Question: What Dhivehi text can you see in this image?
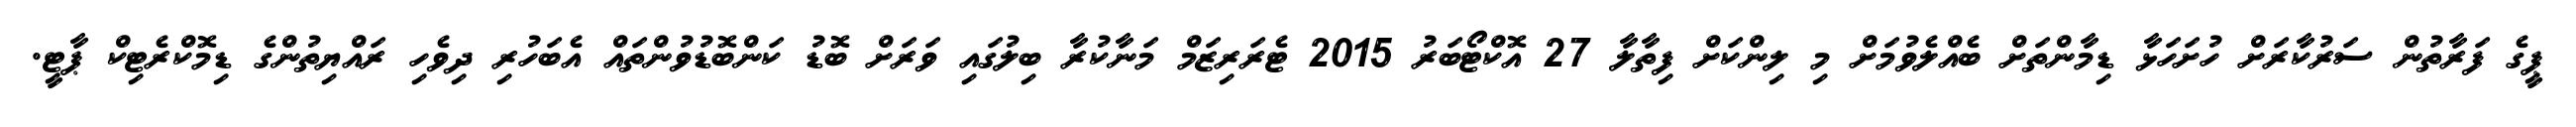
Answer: ޕީގެ ފަރާތުން ސަރުކާރަށް ހުށަހަޅާ ޑިމާންތަށް ބެއްލެވުމަށް މި ލިންކަށް ފިތާލާ 27 އޮކްޓޯބަރު 2015 ޓެރަރިޒަމް މަނާކުރާ ބިލުގައި ވަރަށް ބޮޑު ކަންބޮޑުވުންތައް އެބަހުރި ދިވެހި ރައްޔިތުންގެ ޑިމޮކްރެޓިކް ޕާޓީ.